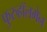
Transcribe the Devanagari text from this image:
फुरुहॉलमेन